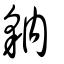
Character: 豽